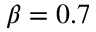
\beta = 0 . 7